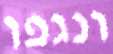
ונגפו